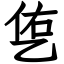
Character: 㐛